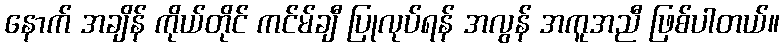
နောက် အချိန် ကိုယ်တိုင် ကင်မ်ချီ ပြုလုပ်ရန် အလွန် အကူအညီ ဖြစ်ပါတယ်။